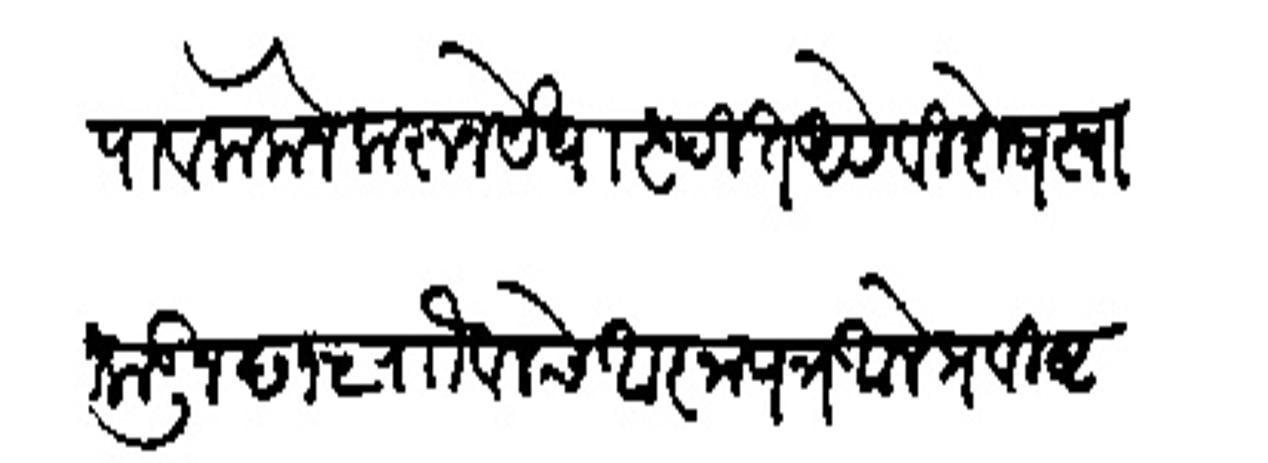
Transliteration (Devanagari): पावलोकनेकहन येथास्थित असे विशेष स्वामीकडून छ १५ रोालने आजापत्र आले प्रविष्ट